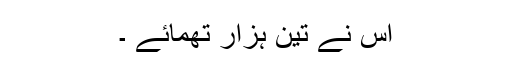
اُس نے تین ہزار تھمائے ۔